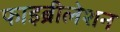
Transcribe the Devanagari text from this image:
फाइब्रीलेशन